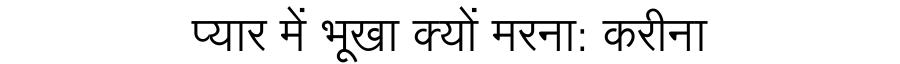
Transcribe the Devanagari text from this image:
प्यार में भूखा क्यों मरना: करीना